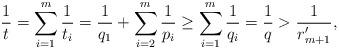
LaTeX: \begin{align*}\frac{1}{t}=\sum_{i=1}^m\frac1{t_i}=\frac{1}{q_1}+\sum_{i=2}^m\frac1{p_i}\ge\sum_{i=1}^m\frac{1}{q_i}=\frac 1q>\frac1{r_{m+1}'},\end{align*}